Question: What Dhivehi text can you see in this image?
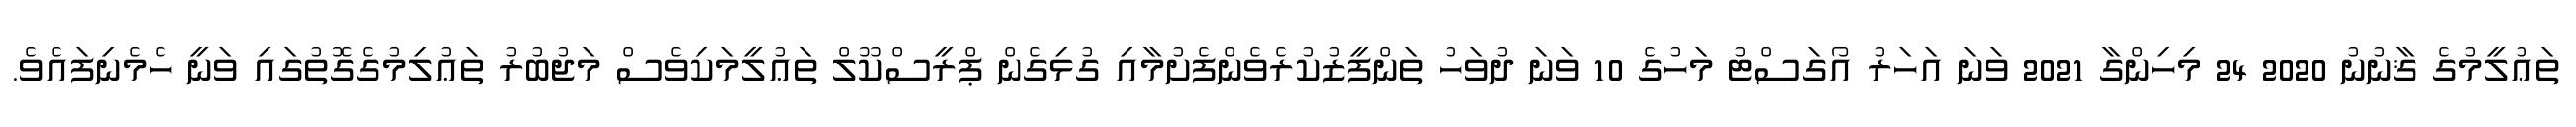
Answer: ތަޢުލީމުގެ ޤާނުނު 2020 24 މިހިންގާ 2021 ވަނަ އަހަރު އޯގަސްޓު މަހުގެ 10 ވަނަ ދުވަހު ތަންފީޒުކުރެވެންފެށުމާއި ގުޅިގެން ޕްރީސްކޫލް ތަޢުލީމަކިވެސް މަޖުބުރު ތަޢުލިމުގެގޮތުގައި ވަނީ ހެމެނިފައެވެ.